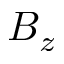
B _ { z }